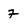
Character: 7